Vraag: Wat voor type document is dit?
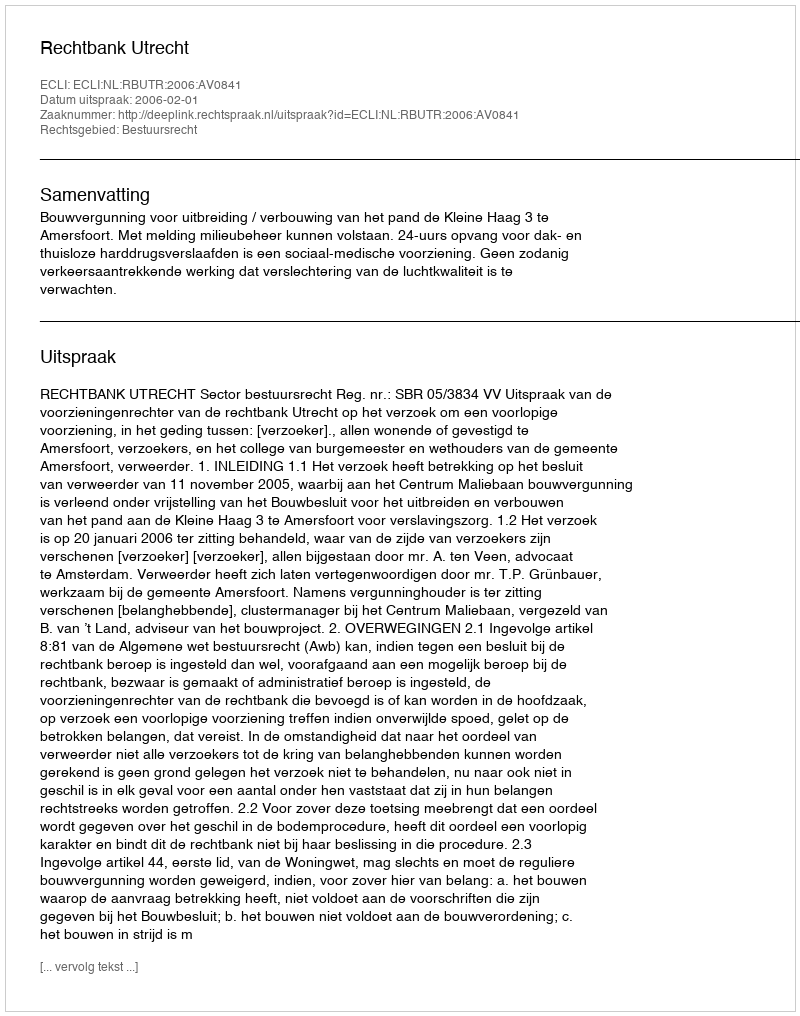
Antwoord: Uitspraak